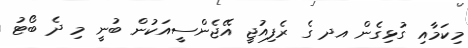
މިކަމާއި ގުޅިގެން އދ ގެ ރެފިއުޖީ އޭޖެންސީއަކުން ބުނީ މި ދެ ބޯޓު